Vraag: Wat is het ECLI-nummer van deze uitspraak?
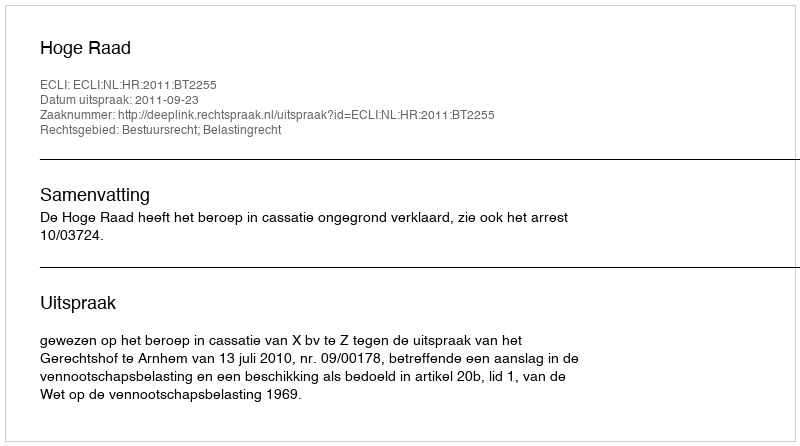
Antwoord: ECLI:NL:HR:2011:BT2255